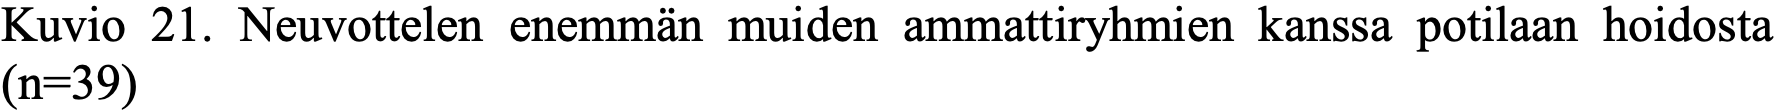
Kuvio 21. Neuvottelen enemmän muiden ammattiryhmien kanssa potilaan hoidosta (n=39)